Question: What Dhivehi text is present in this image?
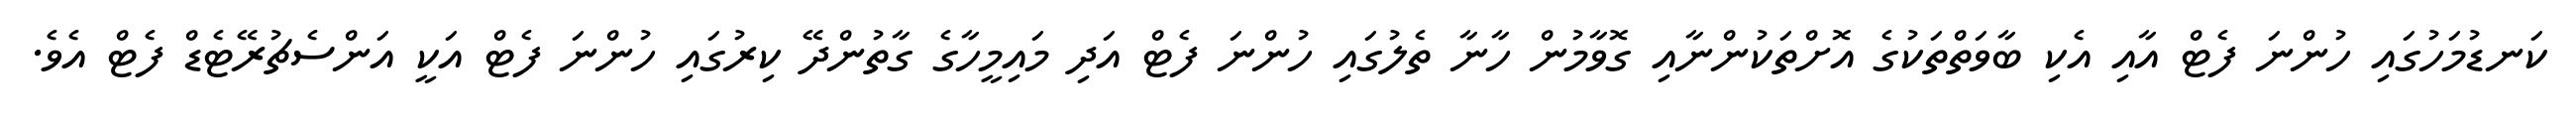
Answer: ކަނޑުމަހުގައި ހުންނަ ފެޓް އާއި އެކި ބާވަތްތަކުގެ އޮށްތަކުންނާއި ގޮވާމުން ހާނާ ތެލުގައި ހުންނަ ފެޓް އަދި މައިމީހާގެ ގާތުންދޭ ކިރުގައި ހުންނަ ފެޓް އަކީ އަންސެޗުރޭޓެޑް ފެޓް އެވެ.